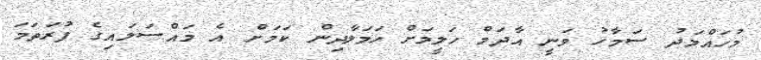
މުހައްމަދު ސަމާހު ވަނީ އާދަމް ހަލީމަށް ހަމަލާދިން ކަމަށް އެ މައްސަލައިގެ ފުރަތަމަ